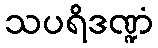
သပရိဒဏ္ဍံ